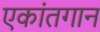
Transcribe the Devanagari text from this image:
एकांतगान